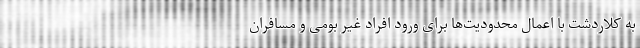
به کلاردشت با اعمال محدودیت‌ها برای ورود افراد غیر بومی و مسافران